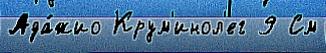
Ада́жио Крум'инол'ег 9 См